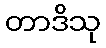
တာဒိသု